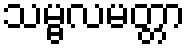
သမ္ဗလမတ္တာ